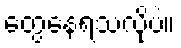
တွေ့နေရသလိုပဲ။